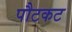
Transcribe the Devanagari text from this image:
पौटकट